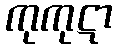
ကုကုဋာ